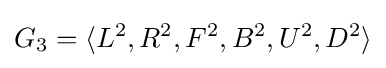
G_{3}=\langle L^{2},R^{2},F^{2},B^{2},U^{2},D^{2}\rangle